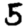
Digit: 5